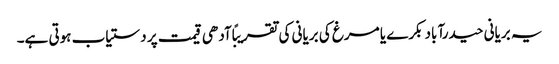
یہ بریانی حیدرآباد بکرے یا مرغ کی بریانی کی تقریبًا آدھی قیمت پر دستیاب ہوتی ہے۔